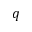
q